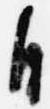
自